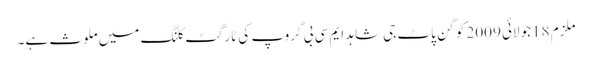
ملزم 18جولائی 2009 کو گن پاٹ جی شاہد ایم سی بی گروپ کی ٹارگٹ کلنگ میں ملوث ہے۔